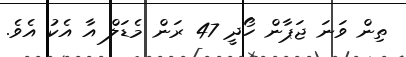
ތިން ވަނަ ޖަޕާން ހޯދީ 47 ރަން މެޑަލް އާ އެކު އެވެ.